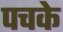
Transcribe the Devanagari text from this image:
पचके